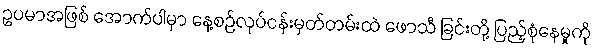
ဥပမာအဖြစ် အောက်ပါမှာ နေ့စဉ်လုပ်ငန်းမှတ်တမ်းထဲ ဖောသီ ခြင်းတို့ ပြည့်စုံနေမှုကို